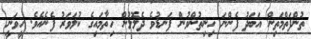
ތުންފަތްމަތިން އަބަދު ފެންނަ ހިނިތުންވުން ފަނޑުވެ ދެލޮލުން ހިތާމައިގެ ކުލަވަރު ފެނެއެވެ. ހީވަނީ